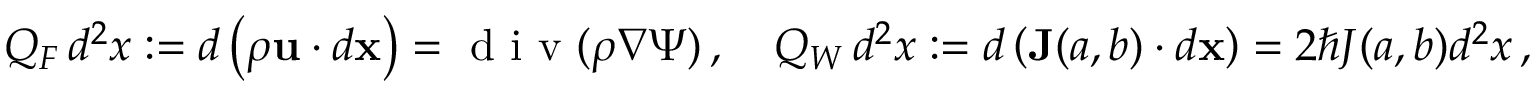
\begin{array} { r } { Q _ { F } \, d ^ { 2 } x : = d \left( \rho \mathbf { u } \cdot d \mathbf { x } \right) = \textrm { d i v } ( \rho \nabla \Psi ) \, , \quad Q _ { W } \, d ^ { 2 } x : = d \left( \mathbf { J } ( a , b ) \cdot d \mathbf { x } \right) = 2 \hbar J ( a , b ) d ^ { 2 } x \, , } \end{array}